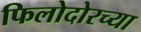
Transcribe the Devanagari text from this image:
फिलोदोरच्या